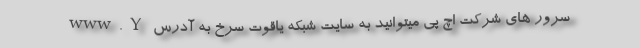
سرور های شرکت اچ پی میتوانید به سایت شبکه یاقوت سرخ به آدرس www.Y